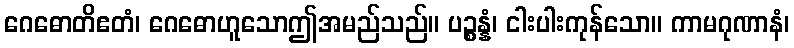
ဂေဓောတိဧတံ၊ ဂေဓောဟူသောဤအမည်သည်။ ပဉ္စန္နံ၊ ငါးပါးကုန်သော။ ကာမဂုဏာနံ၊